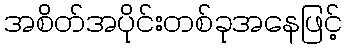
အစိတ်အပိုင်းတစ်ခုအနေဖြင့်